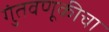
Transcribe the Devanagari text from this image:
गुंतवणूकीचा